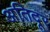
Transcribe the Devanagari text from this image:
अतिदूर